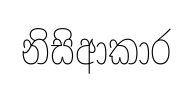
නිසිආකාර